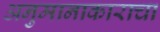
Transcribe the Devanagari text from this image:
अनुमानाकाराचा